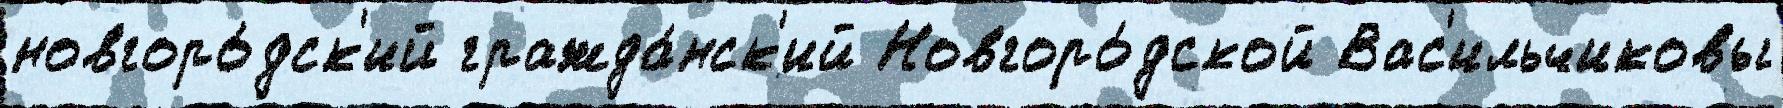
новгоро́дск'ий гражда́нск'ий Новгоро́дской Вас'ильчиковы